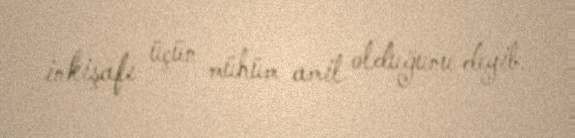
inkişafı üçün mühüm amil olduğunu deyib.